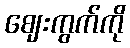
ဈေးကွက်ကို